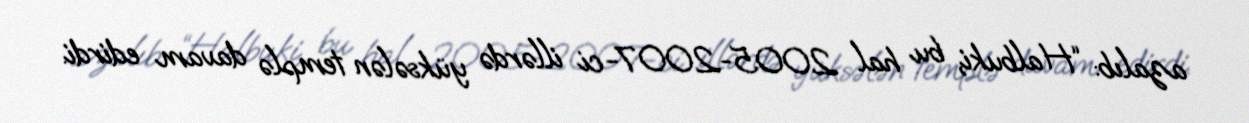
azalıb: “Halbuki, bu hal 2005-2007-ci illərdə yüksələn templə davam edirdi.